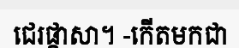
ជេរផ្តាសា។ -កើតមកជា